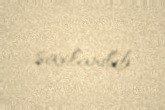
saxlanılıb.